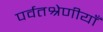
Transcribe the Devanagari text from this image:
पर्वतश्रेणीयाँ